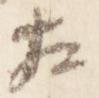
左